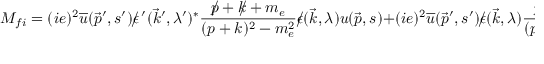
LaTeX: M _ { f i } = ( i e ) ^ { 2 } { \overline { { u } } } ( { \vec { p } } ^ { \prime } , s ^ { \prime } ) \epsilon \! \! \! / \, ^ { \prime } ( { \vec { k } } ^ { \prime } , \lambda ^ { \prime } ) ^ { * } { \frac { p \! \! \! / + k \! \! \! / + m _ { e } } { ( p + k ) ^ { 2 } - m _ { e } ^ { 2 } } } \epsilon \! \! \! / ( { \vec { k } } , \lambda ) u ( { \vec { p } } , s ) + ( i e ) ^ { 2 } { \overline { { u } } } ( { \vec { p } } ^ { \prime } , s ^ { \prime } ) \epsilon \! \! \! / ( { \vec { k } } , \lambda ) { \frac { p \! \! \! / - k \! \! \! / ^ { \prime } + m _ { e } } { ( p - k ^ { \prime } ) ^ { 2 } - m _ { e } ^ { 2 } } } \epsilon \! \! \! / \, ^ { \prime } ( { \vec { k } } ^ { \prime } , \lambda ^ { \prime } ) ^ { * } u ( { \vec { p } } , s ) ,